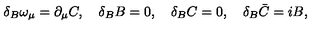
\delta _ { B } \omega _ { \mu } = \partial _ { \mu } C , \quad \delta _ { B } B = 0 , \quad \delta _ { B } C = 0 , \quad \delta _ { B } \bar { C } = i B ,